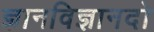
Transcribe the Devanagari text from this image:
ज्ञानविज्ञानदो